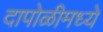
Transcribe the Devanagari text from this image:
दापोळीमध्ये